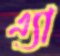
এ্যা